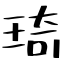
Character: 琦